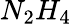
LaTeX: N_{2}H_{4}